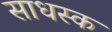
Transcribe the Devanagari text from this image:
साधस्क